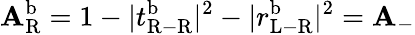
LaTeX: \mathbf{A}_{\mathrm{{R}}}^{\mathrm{{b}}}=1-|t_{\mathrm{{R-R}}}^{\mathrm{{b}}}|^{2}-|r_{\mathrm{{L-R}}}^{\mathrm{{b}}}|^{2}=\mathbf{A}_{-}